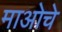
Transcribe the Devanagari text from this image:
माओचे